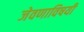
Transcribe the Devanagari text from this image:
जेवणाविषयी